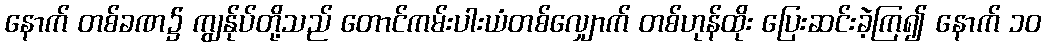
နောက် တစ်ခဏ၌ ကျွန်ုပ်တို့သည် တောင်ကမ်းပါးယံတစ်လျှောက် တစ်ဟုန်ထိုး ပြေးဆင်းခဲ့ကြ၍ နောက် ၁၀